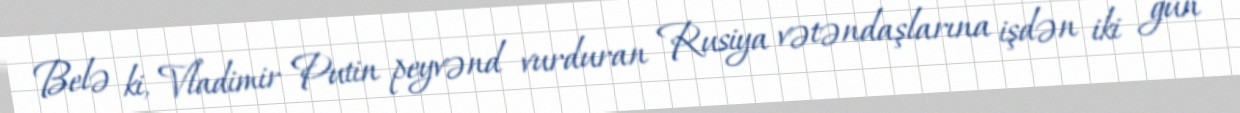
Belə ki, Vladimir Putin peyvənd vurduran Rusiya vətəndaşlarına işdən iki gün